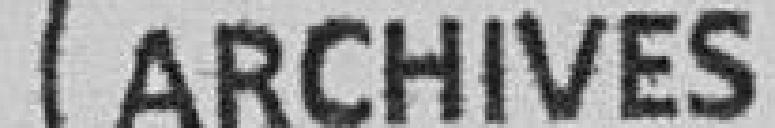
Archives